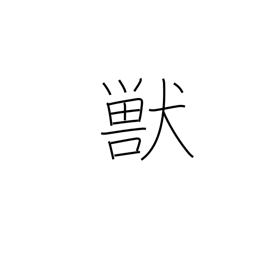
Meaning: animal